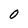
Character: 0